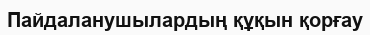
Пайдаланушылардың құқын қорғау